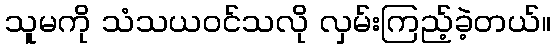
သူမကို သံသယဝင်သလို လှမ်းကြည့်ခဲ့တယ်။